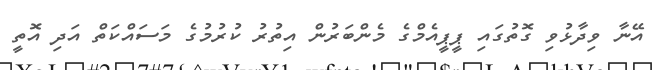
އޭނާ ވިދާޅުވި ގޮތުގައި ޕީޕީއެމްގެ މެންބަރުން އިތުރު ކުރުމުގެ މަސައްކަތް އަދި އޮތީ